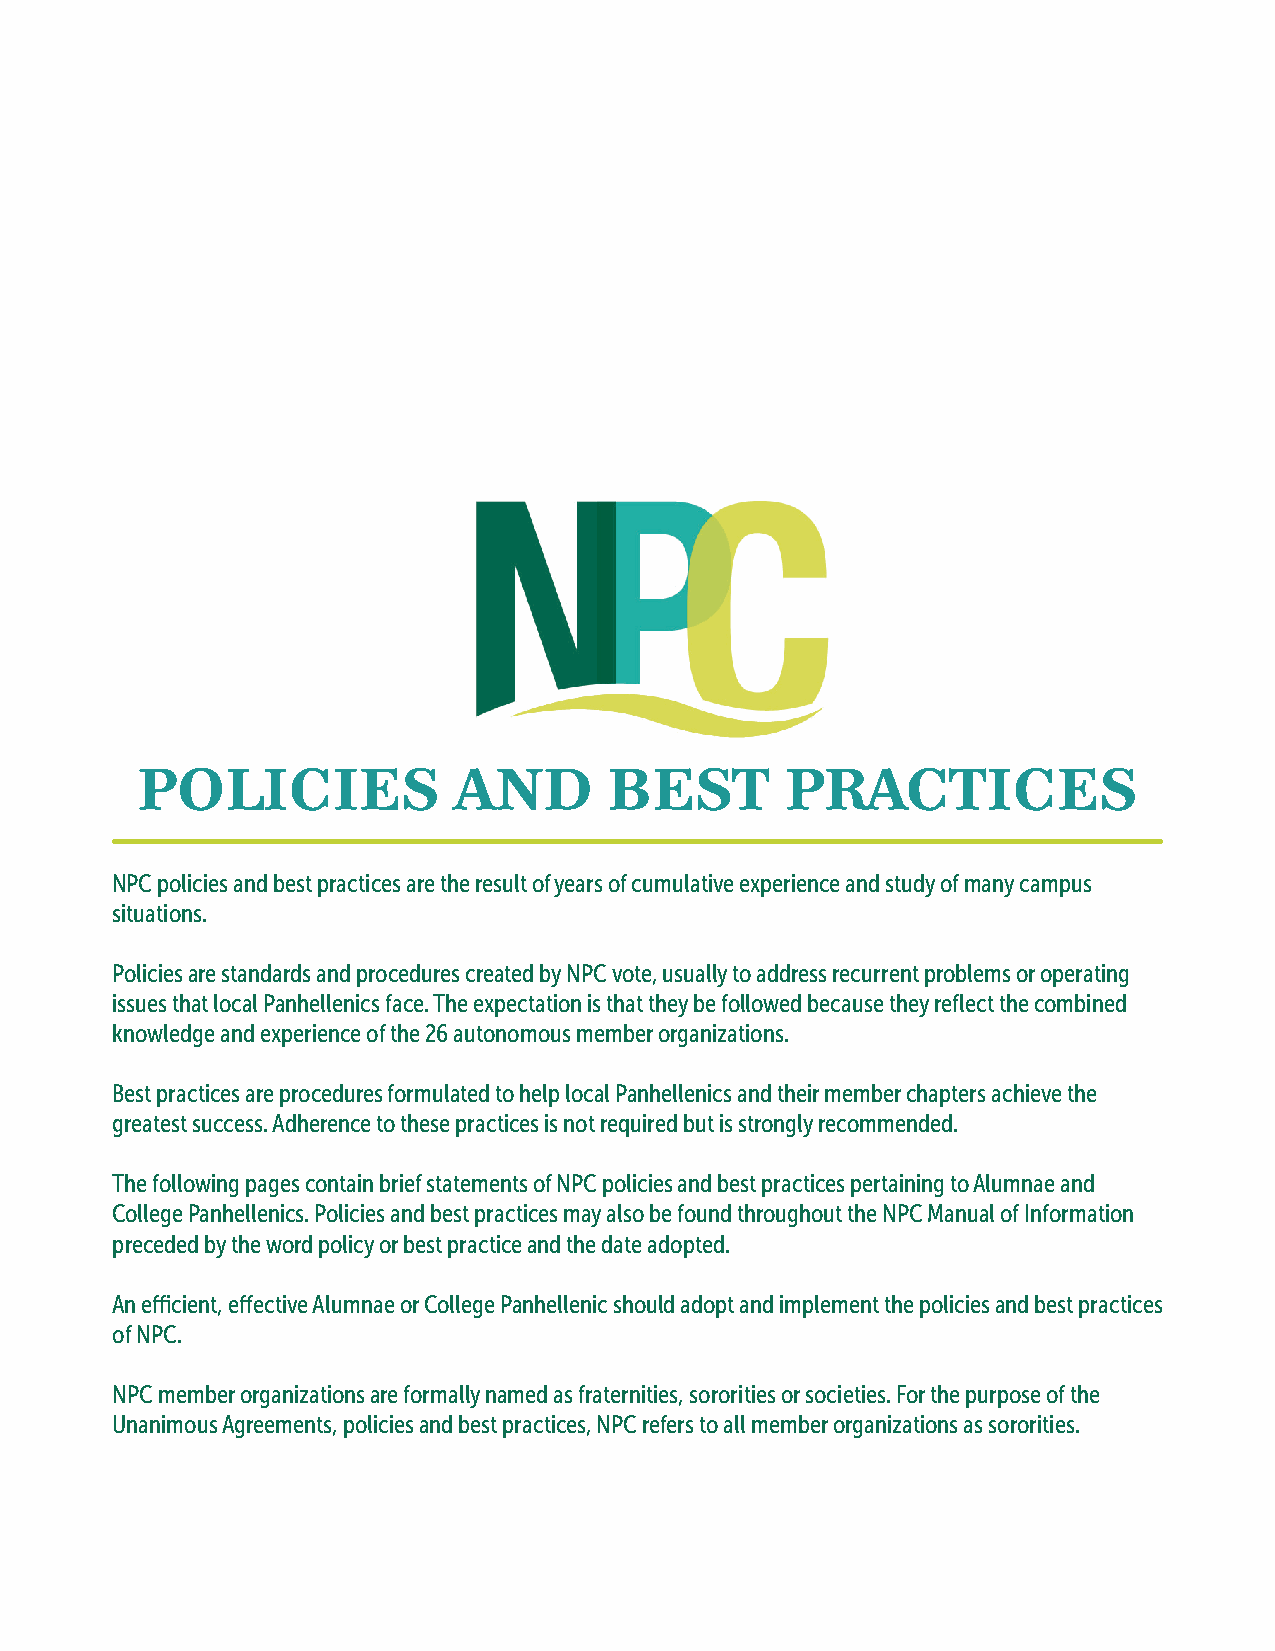
POLICIES             AND       BEST        PRACTICES
 NPC policies and best practices are the result of years of cumulative experience and study of many campus
 situations.
 Policies are standards and procedures created by NPC vote, usually to address recurrent problems or operating
 issues that local Panhellenics face. The expectation is that they be followed because they reflect the combined
 knowledge and experience of the 26 autonomous member organizations.
 Best practices are procedures formulated to help local Panhellenics and their member chapters achieve the
 greatest success. Adherence to these practices is not required but is strongly recommended.
 The following pages contain brief statements of NPC policies and best practices pertaining to Alumnae and
 College Panhellenics. Policies and best practices may also be found throughout the NPC Manual of Information
 preceded by the word policy or best practice and the date adopted.
 An efficient, effective Alumnae or College Panhellenic should adopt and implement the policies and best practices
 of NPC.
 NPC member organizations are formally named as fraternities, sororities or societies. For the purpose of the
 Unanimous Agreements, policies and best practices, NPC refers to all member organizations as sororities.